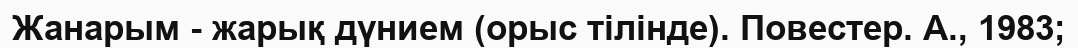
Жанарым - жарық дүнием (орыс тілінде). Повестер. А., 1983;